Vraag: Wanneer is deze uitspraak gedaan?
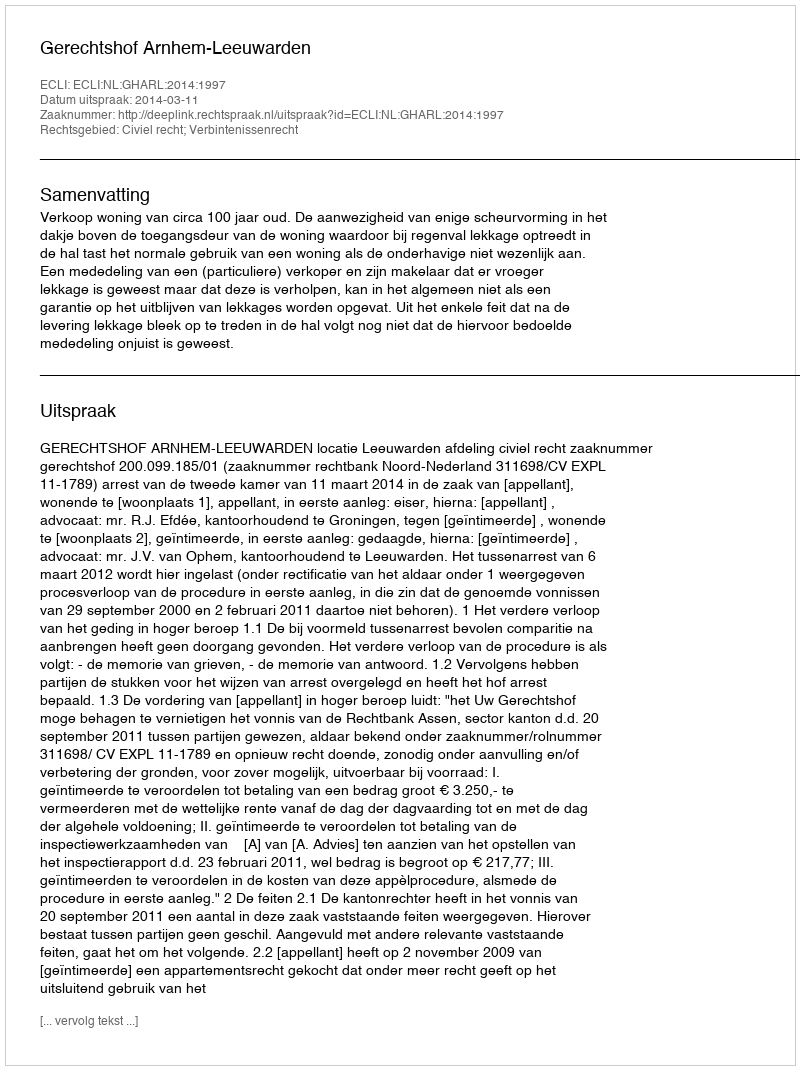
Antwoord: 2014-03-11